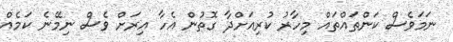
ނަމަވެސް ކަންތައްތައް މިހާރު ކުރިއަށްދާ ގޮތުން އެހާ އިރަށް ވެސް ނިމޭނެ ކަމެއް